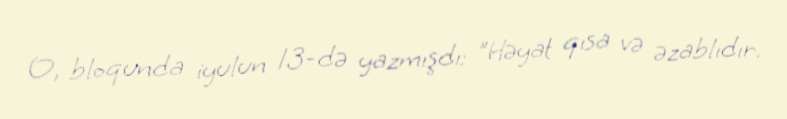
O, bloqunda iyulun 13-də yazmışdı: "Həyat qısa və əzablıdır.